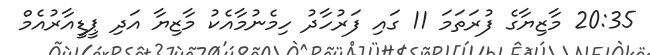
20:35 މާޒިޔާގެ ފުރަތަމަ 11 ގައި ފަރުހާދު ހިމެނުމާއެކު މާޒިޔާ އަދި ޕީޑީއާރުއެމް